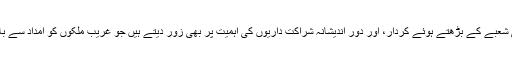
وہ غریبوں کی زندگیوں کو بہتر بنانے میں نجی شعبے کے بڑھتے ہوئے کردار، اور دور اندیشانہ شراکت داریوں کی اہمیت پر بھی زور دیتے ہیں جو غریب ملکوں کو امداد سے بالاتر ہو کر آگے بڑھنے میں مدد دے سکتی ہیں۔